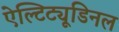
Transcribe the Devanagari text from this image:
ऐल्टिट्यूडिनल